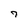
Character: 7